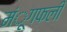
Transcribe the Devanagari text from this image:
मंूगफली